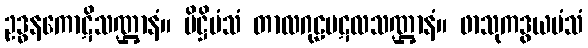
ဥဒ္ဓနကောဋိသဏ္ဌာနံ။ ပိဋ္ဌိမံသံ တာလဂုဠပဋလသဏ္ဌာနံ။ ဖာသုကဒွယမံသံ